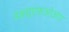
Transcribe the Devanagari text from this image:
डब्ल्यूएफ़ओआर